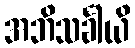
အဘိသင်္ခါယိ